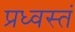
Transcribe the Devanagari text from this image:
प्रध्वस्तं